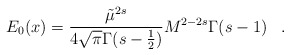
\begin{align*}E_0(x)=\frac{\tilde \mu^{2s}}{4\sqrt{\pi}\Gamma(s-\frac 1 2)} M^{2-2s}\Gamma (s-1) \, \ \ .\end{align*}